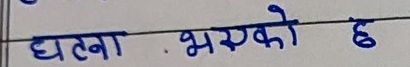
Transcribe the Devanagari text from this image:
घटना भएको छ